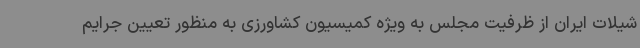
شیلات ایران از ظرفیت مجلس به ویژه کمیسیون کشاورزی به منظور تعیین جرایم